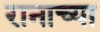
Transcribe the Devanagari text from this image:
रानाच्या